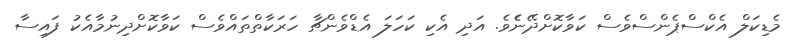
މެޑިކަލް އެކްސްޕެންސްވެސް ކަވާކޮށްދޭނެެެވެ. އަދި އެކި ކަހަލަ އެޑްވެންޗާ ހަރަކާތްތައްވެސް ކަވާކޮށްދިނުމާއެކު ފައިސާ